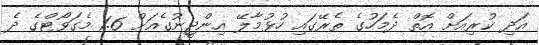
އަދި ކުރިއަށް އޮތް ދެމަހުގެ ތެރޭގައި ހުޅުމާލޭ އިންޖީނުގެއަށް 1.6 މެގަވޯޓްގެ ދެ